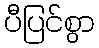
ပီပြင်စွာ